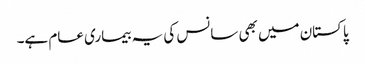
پاکستان میں بھی سانس کی یہ بیماری عام ہے۔